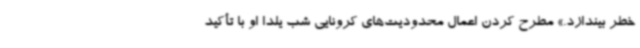
خطر بیندازد.» مطرح کردن اعمال محدودیت‌های کرونایی شب یلدا او با تأکید